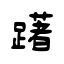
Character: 躇